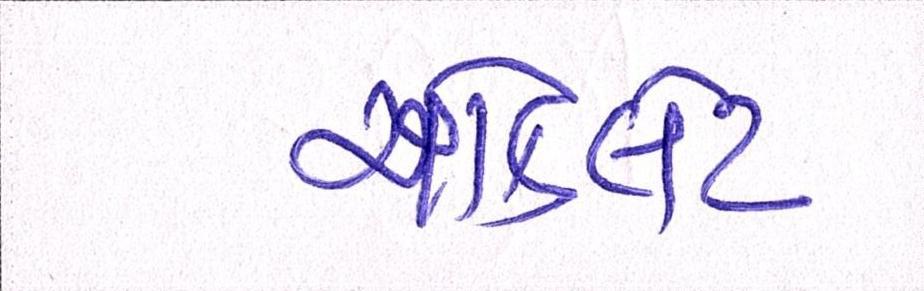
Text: ચૉકલેટ